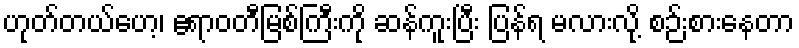
ဟုတ်တယ်ဟေ့၊ ဧရာဝတီမြစ်ကြီးကို ဆန်ကူးပြီး ပြန်ရ မလားလို့ စဉ်းစားနေတာ